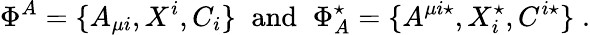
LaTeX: \Phi^{A}=\{ A_{\mu i},X^{i},C_{i}\} \; \; \mathrm{and}\; \; \Phi_{A}^{\star}=\{ A^{\mu i\star},X_{i}^{\star},C^{i\star}\} \; .